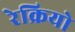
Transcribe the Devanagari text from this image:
रेक्रियो